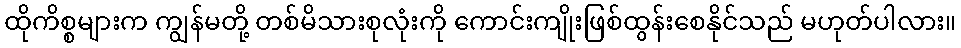
ထိုကိစ္စများက ကျွန်မတို့ တစ်မိသားစုလုံးကို ကောင်းကျိုးဖြစ်ထွန်းစေနိုင်သည် မဟုတ်ပါလား။